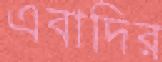
এবাদির